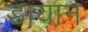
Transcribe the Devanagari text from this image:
डायान